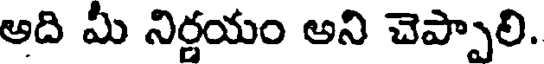
అది మీ నిర్ణయం అని చెప్పాలి.